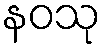
နဝသု